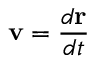
\mathbf { v } = { \frac { d \mathbf { r } } { d t } }